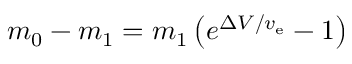
m _ { 0 } - m _ { 1 } = m _ { 1 } \left( e ^ { \Delta V / v _ { \mathrm { e } } } - 1 \right)